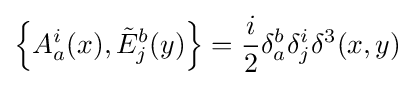
\left\{A_{a}^{i}(x),{\tilde {E}}_{j}^{b}(y)\right\}={i \over 2}\delta _{a}^{b}\delta _{j}^{i}\delta ^{3}(x,y)